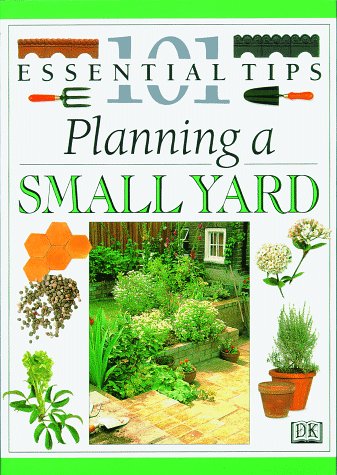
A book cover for Planning A Small Yard (101 Essential Tips); John Brookes; Crafts, Hobbies & Home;